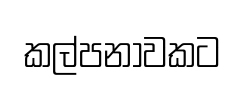
කල්පනාවකට